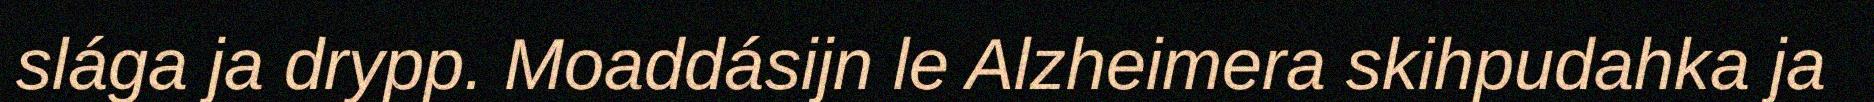
slága ja drypp. Moaddásijn le Alzheimera skihpudahka ja